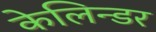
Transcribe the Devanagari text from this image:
केलिन्डर